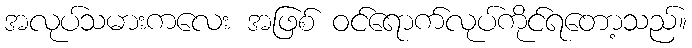
အလုပ်သမားကလေး အဖြစ် ဝင်ရောက်လုပ်ကိုင်ရတော့သည်။